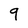
Character: 9